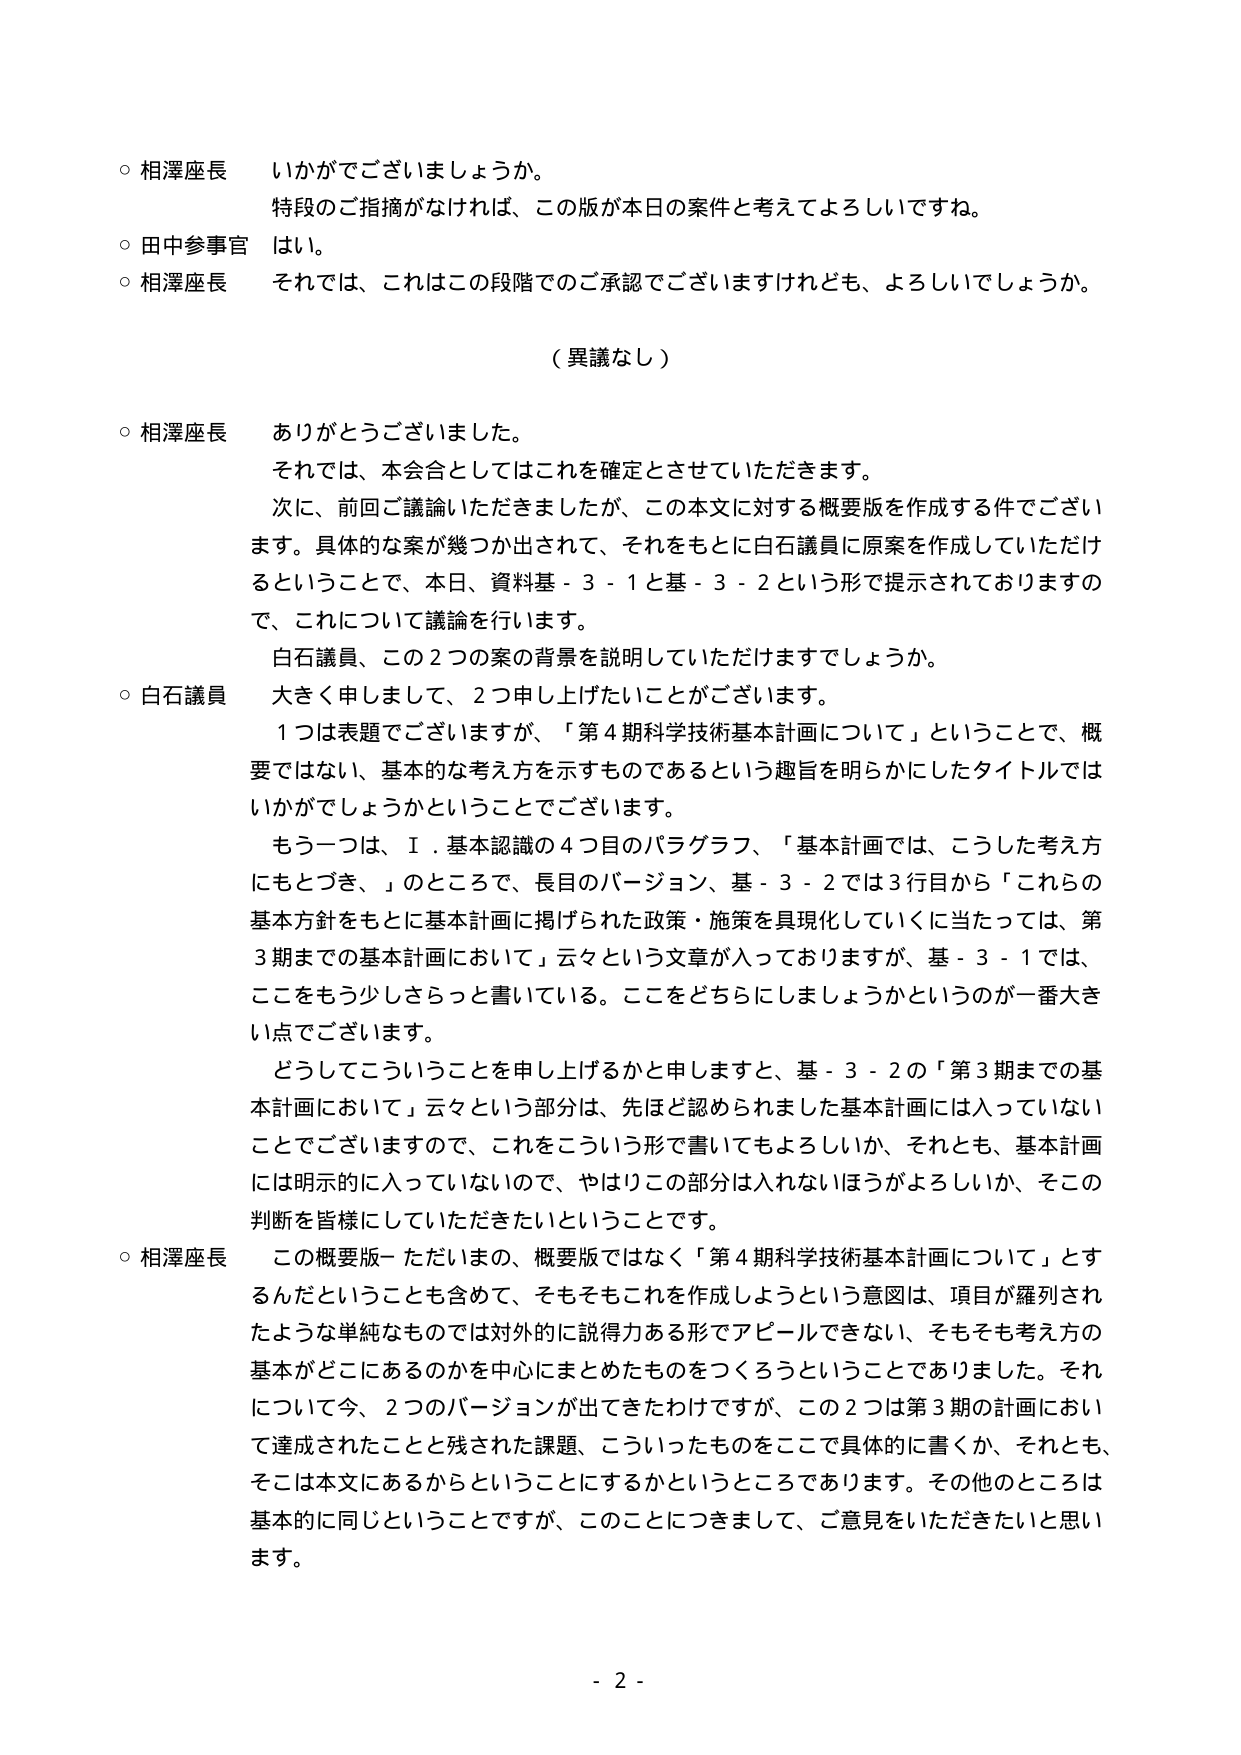
○ 相澤座長 いかがでございましょうか。
特段のご指摘がなければ、この版が本日の案件と考えてよろしいですね。
○ 田中参事官 はい。
○ 相澤座長 それでは、これはこの段階でのご承認でございますけれども、よろしいでしょうか。

（異議なし）

○ 相澤座長 ありがとうございました。
それでは、本会合としてはこれを確定とさせていただきます。
次に、前回ご議論いただきましたが、この本文に対する概要版を作成する件でございます。具体的な案が幾つか出されて、それをもとに白石議員に原案を作成していただけるということで、本日、資料基－３－１と基－３－２という形で提示されておりますので、これについて議論を行います。
白石議員、この２つの案の背景を説明していただけますでしょうか。
○ 白石議員 大きく申しまして、２つ申し上げたいことがございます。
１つは表題でございますが、「第４期科学技術基本計画について」ということで、概要ではない、基本的な考え方を示すものであるという趣旨を明らかにしたタイトルではいかがでしょうかということでございます。
もう一つは、Ⅰ．基本認識の４つ目のパラグラフ、「基本計画では、こうした考え方にもとづき、」のところで、長目のバージョン、基－３－２では３行目から「これらの基本方針をもとに基本計画に掲げられた政策・施策を具現化していくに当たっては、第３期までの基本計画において」云々という文章が入っておりますが、基－３－１では、ここをもう少しさらっと書いている。ここをどちらにしましょうかというのが一番大きい点でございます。
どうしてこういうことを申し上げるかと申しますと、基－３－２の「第３期までの基本計画において」云々という部分は、先ほど認められました基本計画には入っていないことでございますので、これをこういう形で書いてもよろしいか、それとも、基本計画には明示的に入っていないので、やはりこの部分は入れないほうがよろしいか、そこの判断を皆様にしていただきたいということです。
○ 相澤座長 この概要版－ただいまの、概要版ではなく「第４期科学技術基本計画について」とするんだということも含めて、そもそもこれを作成しようという意図は、項目が羅列されたような単純なものでは対外的に説得力ある形でアピールできない、そもそも考え方の基本がどこにあるのかを中心にまとめたものをつくろうということでありました。それについて今、２つのバージョンが出てきたわけですが、この２つは第３期の計画において達成されたことと残された課題、こういったものをここで具体的に書くか、それとも、そこは本文にあるからということにするかというところであります。その他のところは基本的に同じということですが、このことにつきまして、ご意見をいただきたいと思います。

- 2 -